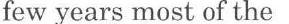
few years most of the